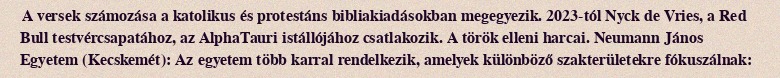
A versek számozása a katolikus és protestáns bibliakiadásokban megegyezik. 2023-tól Nyck de Vries, a Red Bull testvércsapatához, az AlphaTauri istállójához csatlakozik. A török elleni harcai. Neumann János Egyetem (Kecskemét): Az egyetem több karral rendelkezik, amelyek különböző szakterületekre fókuszálnak: